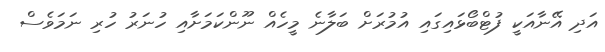
އަދި އޭނާއަކީ ފުޓްބޯޅައިގައި އުމުރަށް ބަލާނެ މީހެއް ނޫންކަމަށާއި ހުނަރު ހުރި ނަމަވެސް